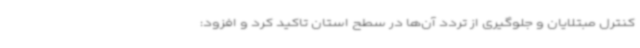
کنترل مبتلایان و جلوگیری از تردد آن‌ها در سطح استان تاکید کرد و افزود: